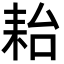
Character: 耛